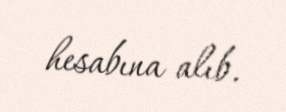
hesabına alıb.